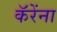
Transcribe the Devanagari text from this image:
कॅरेंना